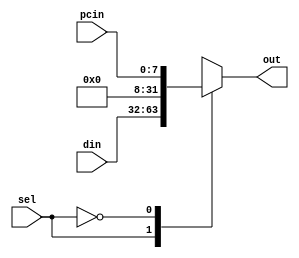
module addbus_mux(sel,din,pcin,out);
input [31:0] din;
input [7:0] pcin;
input sel;
output reg [31:0] out;

always @*
begin
case(sel)

1'b1: out = din;  //select = 1 out = add bus data access
1'b0: out = {{24{1'b0}}, pcin}; // select = 0 out = pc instruction access

endcase
end
endmodule